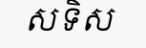
សទិស